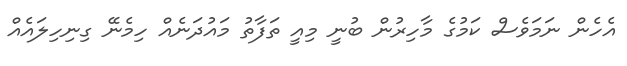
އެހެން ނަމަވެސް ކަމުގެ މާހިރުން ބުނީ މިއީ ތަފާތު މައުދަނެއް ހިމެނޭ ގިނިހިލައެއް